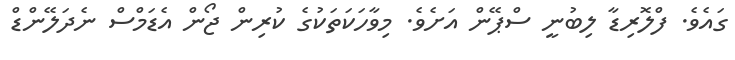
ގައެވެ. ފްލޮރިޑާ ލިބުނީ ސްޕޭން އަށެވެ. މިވާހަކަތަކުގެ ކުރިން ޖޯން އެޑަމްސް ނެދަލޭންޑް